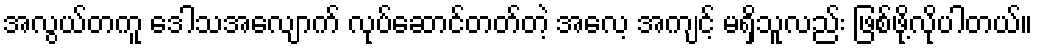
အလွယ်တကူ ဒေါသအလျောက် လုပ်ဆောင်တတ်တဲ့ အလေ့ အကျင့် မရှိသူလည်း ဖြစ်ဖို့လိုပါတယ်။